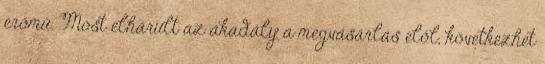
erőmű. Most elhárult az akadály a megvásárlás elől, következhet